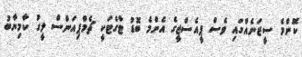
ކޮންމެ ސީޒަނެއްގައި ވެސް ޕީއެސްޖީގެ އެންމެ ބޮޑު ޓާގެޓަކީ ޗެމްޕިއަންސް ލީގު ކާމިޔާބު